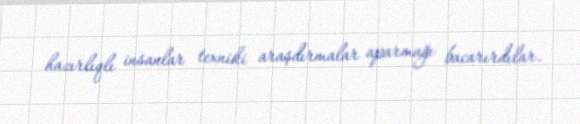
hazırlıqlı insanlar texniki araşdırmalar aparmağı bacarırdılar.